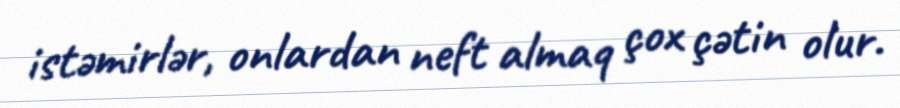
istəmirlər, onlardan neft almaq çox çətin olur.